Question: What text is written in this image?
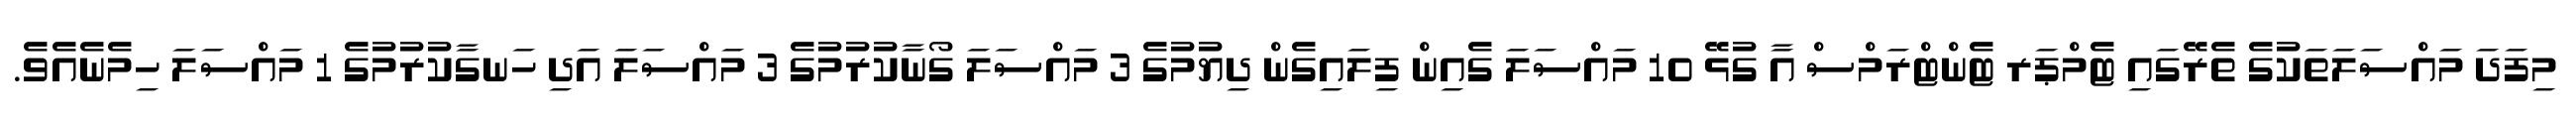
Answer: މިފަދަ މައްސަލަތަކުގެ ތެރޭގައި ޓެމްޕަރ ޓެންޓްރަމްސް އާ ގުޅޭ 10 މައްސަލަ ގެއިން ފިލައިގެން ދިޔުމުގެ 3 މައްސަލަ ގޯނާކުރުމުގެ 3 މައްސަލަ އަދި ހަނގާކުރުމުގެ 1 މައްސަލަ ހިމެނެއެވެ.